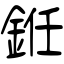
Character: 銋